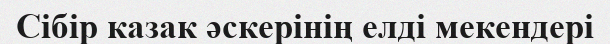
Сібір казак әскерінің елді мекендері